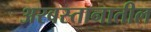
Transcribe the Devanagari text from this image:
अरबस्तानातील